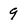
Character: 9